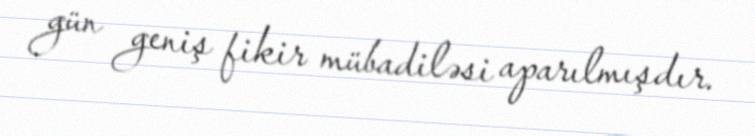
gün geniş fikir mübadiləsi aparılmışdır.